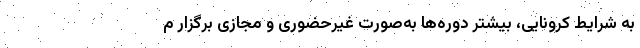
به شرایط کرونایی، بیشتر دوره‌ها به‌صورت غیرحضوری و مجازی برگزار م